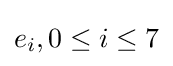
e_{i},0\leq i\leq 7